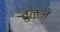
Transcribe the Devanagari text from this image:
तुळजे